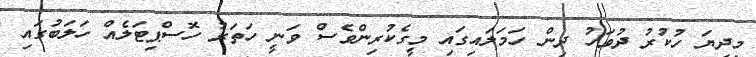
މިދިޔަ ހުކުރު ދުވަހު ދިން ހަމަލައިގައި މީގެކުރިންވެސް ވަނީ ހަތަރު ހޮސްޕިޓަލެއް ހަލަބުގައި